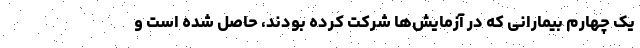
یک چهارم بیمارانی که در آزمایش‌ها شرکت کرده بودند، حاصل شده است و